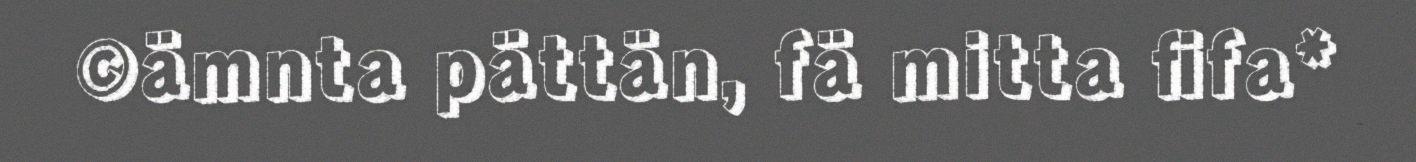
©ämnta pättän, fä mitta fifa*